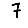
Digit: 7